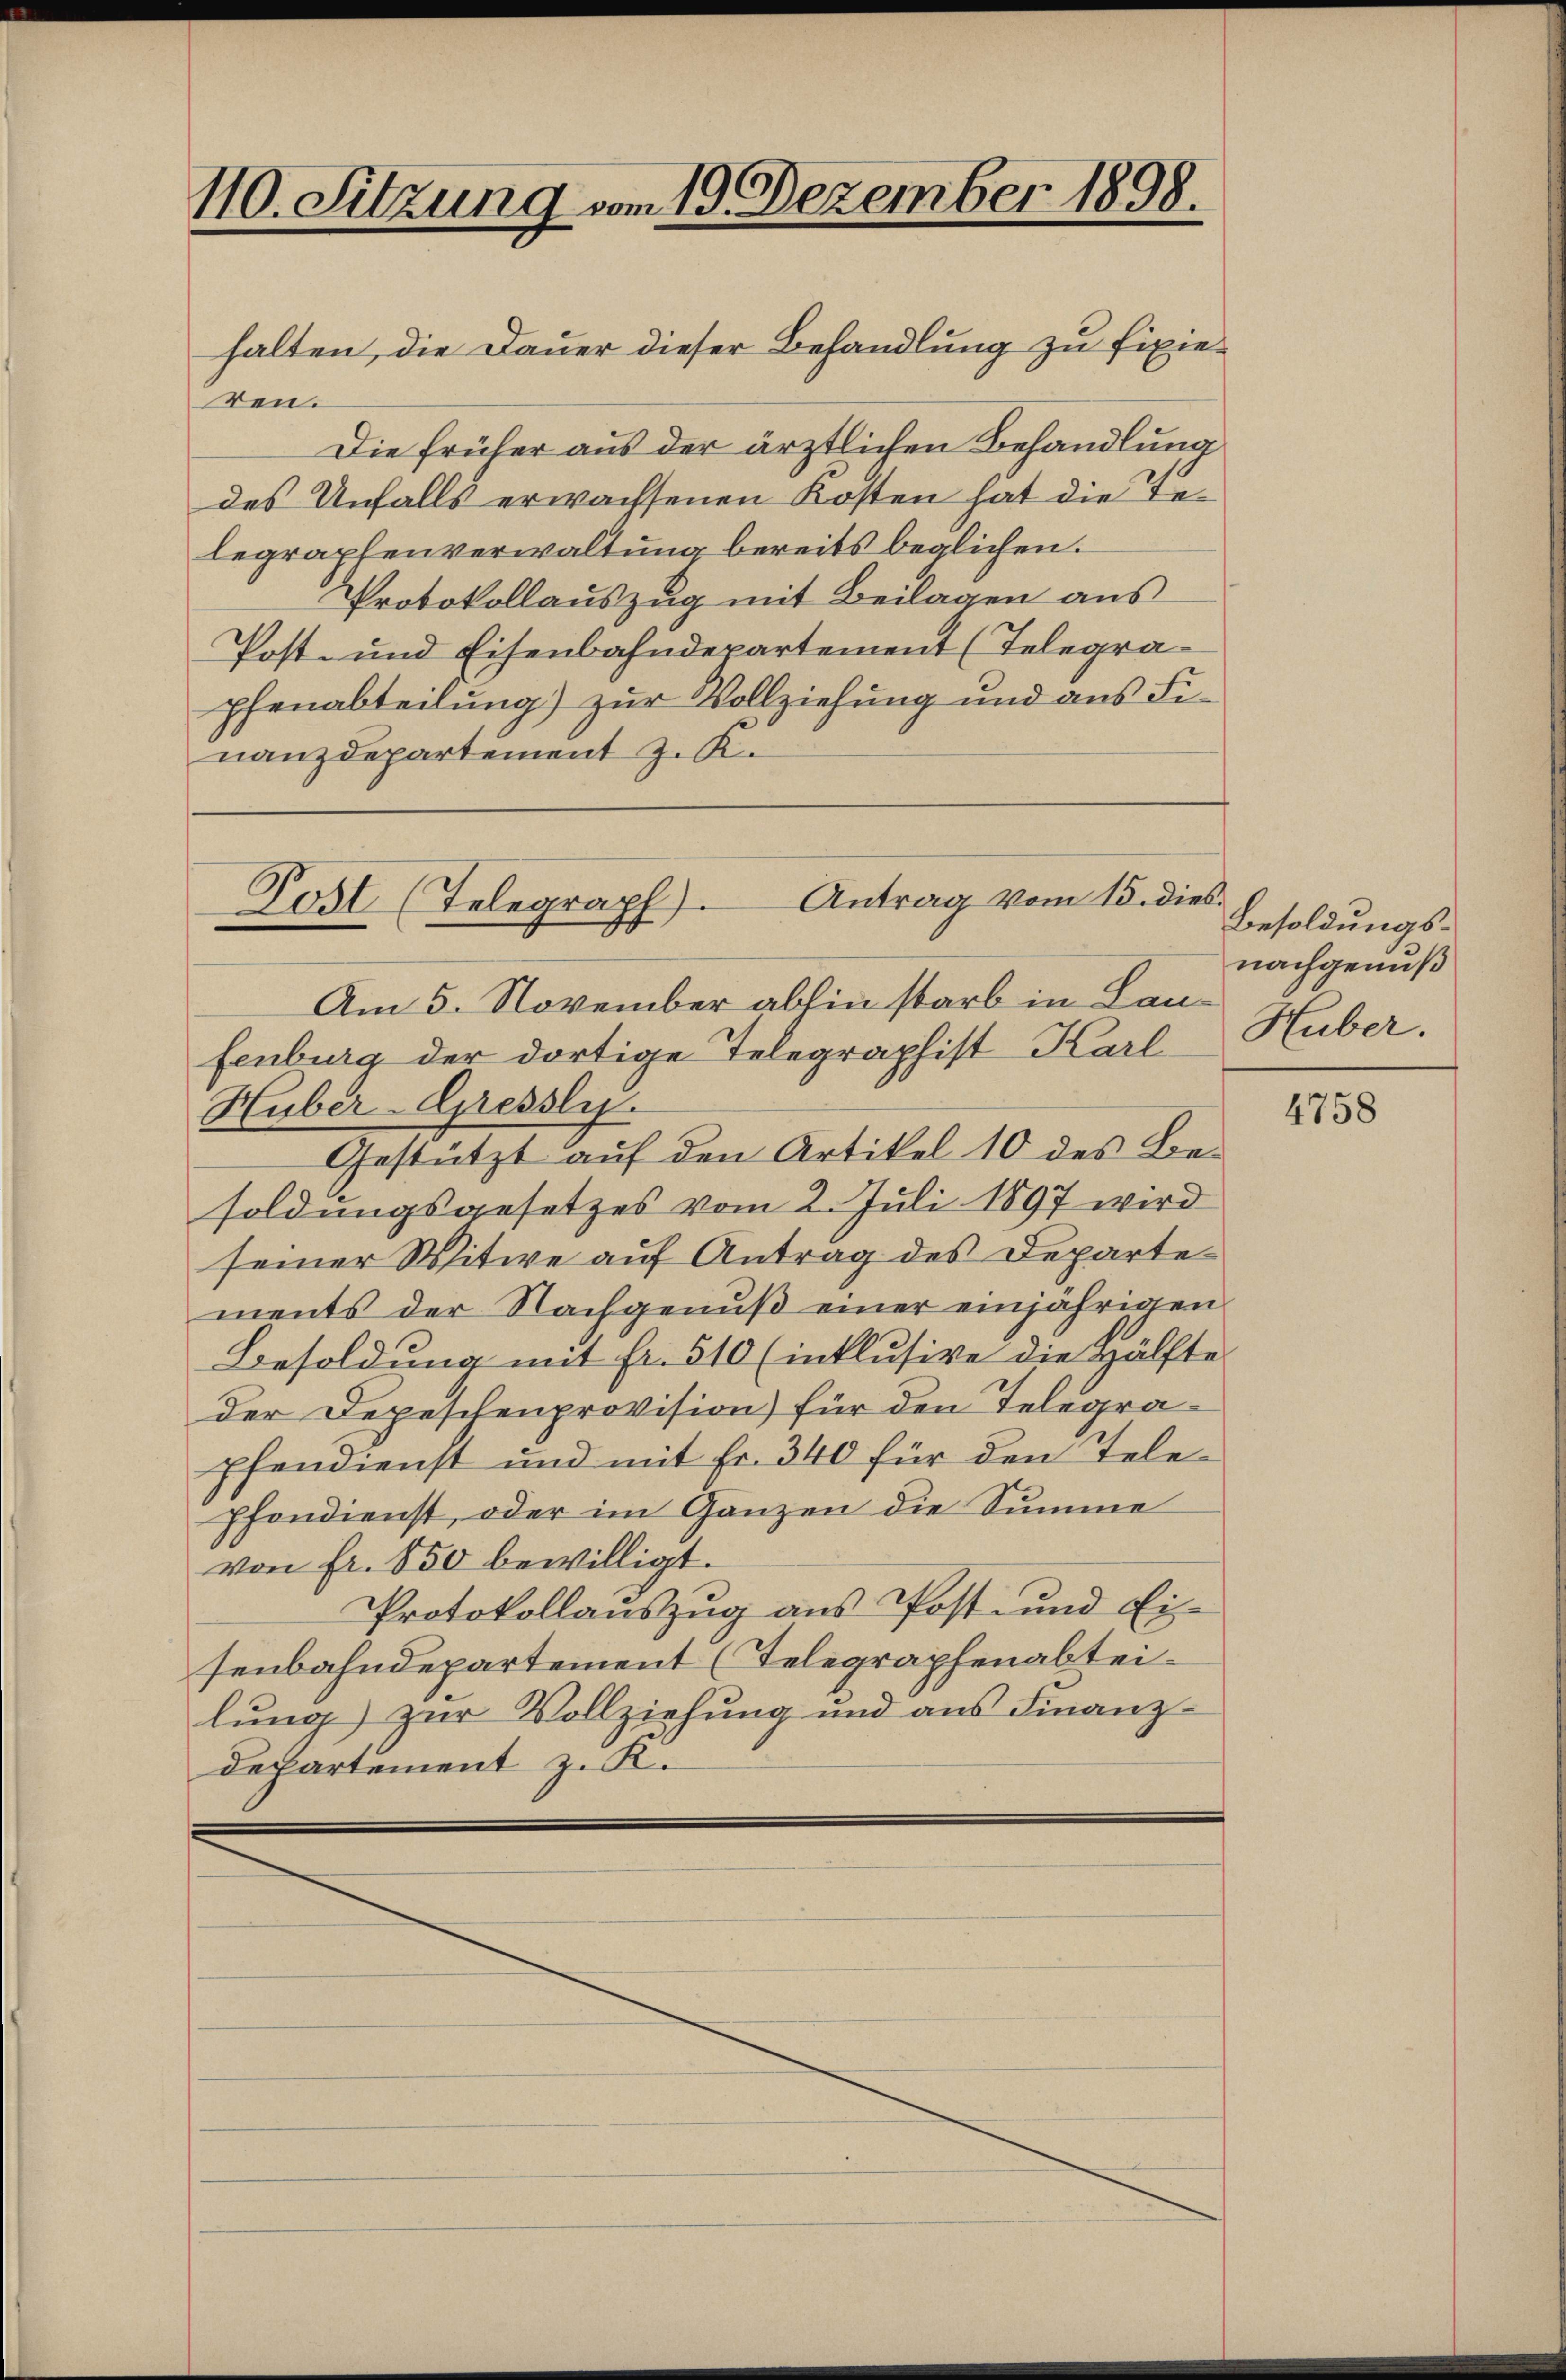
110. Sitzung vom 19. Dezember 1898.

halten, die Dauer dieser Behandlung zu fixieren.
Die früher aus der ärztlichen Behandlung
des Unfalls erwachsenen Kosten hat die Telegraphenverwaltung bereits beglichen.
Protokollauszug mit Beilagen aus
Post- und Eisenbahndepartement (Telegrapfenabteilung) zur Vollziehung und aus Finanzdepartement z. K.

Post (Telegraph). Antrag vom 15. dies.

Am 5. November abhin starb in Lanfenburg der dortige Telegraphist Karl
Huber-Apessli
Gestützt auf den Artikel 10 des Be-
soldungsgesetzes vom 2. Juli 1897 wird
seiner Witwe auf Antrag des Departements der Nachgenuß einer einjährigen
Besoldung mit fr. 510 (inklusive die Hälfte
der Depeschenprovision) für den Telegrapfendienst und mit Fr. 340 für den Telepfondienst, oder im Ganzen die Summe
von fr. 850 bewilligt.
Protokollauszug aus Post- und Ei
senbahndepartement (Telegraphenabteilung zur Vollziehung und aus Finanz-
Departement z. K.

Besoldungsnachgenuß
Huber.

4758